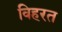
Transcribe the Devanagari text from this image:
विहरत